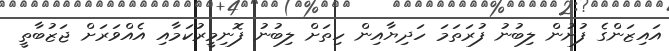
އައިޒަންގެ ފުށުން ލިބުނު ފުރަތަމަ ހަދިޔާއިން ހިތަށް ލިބުނު ފޮނިމީރުކަމާއި އެއްވަރަށް ޖަޒުބާތީ